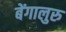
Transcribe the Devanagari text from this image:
बेंगालुरु